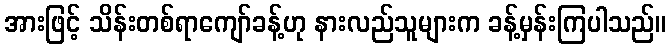
အားဖြင့် သိန်းတစ်ရာကျော်ခန့်ဟု နားလည်သူများက ခန့်မှန်းကြပါသည်။